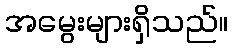
အမွေးများရှိသည်။